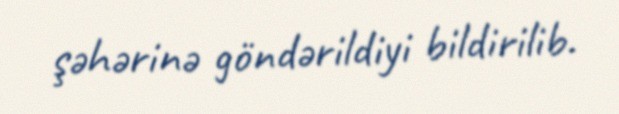
şəhərinə göndərildiyi bildirilib.